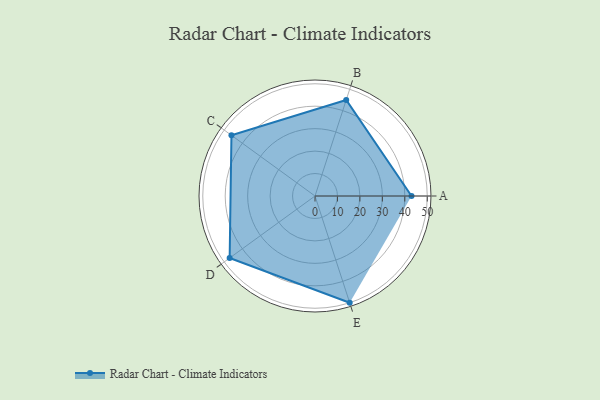
{"axis": {"x": "Skill", "y": "Score"}, "legend": ["Profile"], "data": [{"x": "A", "y": 43.0, "type": "Profile"}, {"x": "B", "y": 45.0, "type": "Profile"}, {"x": "C", "y": 46.0, "type": "Profile"}, {"x": "D", "y": 47.0, "type": "Profile"}, {"x": "E", "y": 50.0, "type": "Profile"}]}